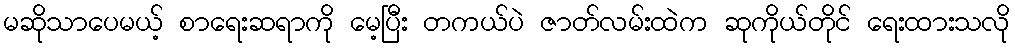
မဆိုသာပေမယ့် စာရေးဆရာကို မေ့ပြီး တကယ်ပဲ ဇာတ်လမ်းထဲက ဆုကိုယ်တိုင် ရေးထားသလို